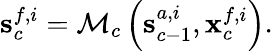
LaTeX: {\mathbf{s}}_{c}^{f,i}={\cal{M}}_{c}\left({\mathbf s}_{c-1}^{a,i},{\mathbf x}_{c}^{f,i}\right).